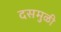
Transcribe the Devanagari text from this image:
दसमुळी